Note on the mental hospitals in Burma - 1925-1940
Year: 1925
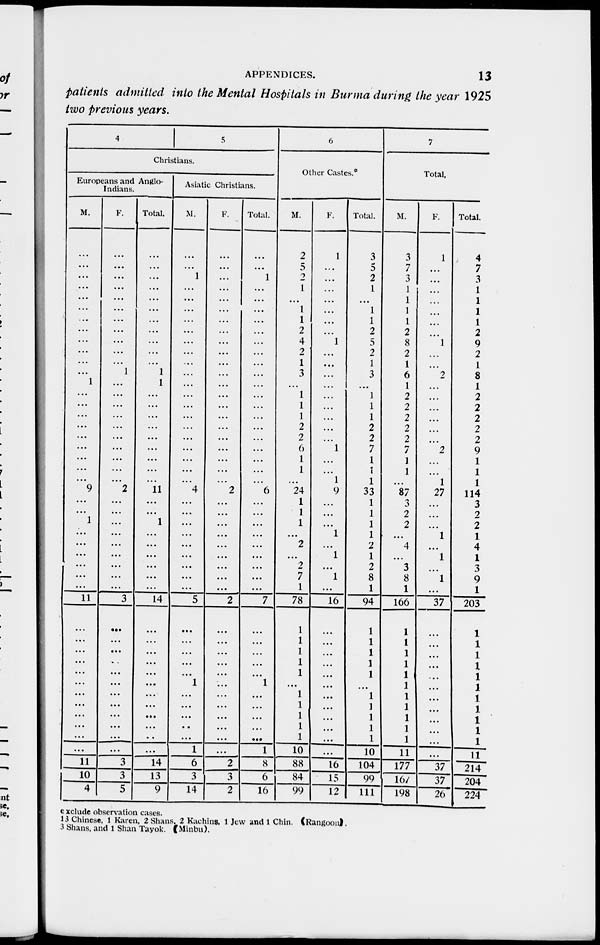
APPENDICES.
13
patients admitted into the Mental Hospitals in Burma during the year 1925
two previous years.
4
5
Christians.
Europeans and Anglo-
Indians.
M.
...
...
...
...
...
......
...
...
...
...
...
...
1
...
...
...
...
...
...
...
...
...
9
...
...
1
...
...
...
...
...
...
11
...
...
...
...
...
...
...
...
...
...
...
...
11
10
4
F.
...
...
...
...
...
...
...
...
...
...
...
1
...
...
...
...
...
...
...
...
...
...
2
...
...
...
...
...
...
...
...
...
3
...
...
...
...
...
...
...
...
...
...
...
...
3
3
5
Total.
...
...
...
...
...
...
...
...
...
...
...
1
1
...
...
...
...
...
...
...
...
...
11
...
...
1
...
...
...
...
...
...
14
...
...
...
...
...
...
...
...
...
...
...
14
13
9
Asiatic Christians.
M.
...
...
1
...
...
...
...
...
...
...
...
...
...
...
...
...
...
...
...
...
...
...
4
...
...
...
...
...
...
...
...
...
5
...
...
...
...
...
1
...
...
...
...
...
1
6
3
14
F.
...
...
...
...
...
...
...
...
...
...
...
...
...
...
...
...
...
...
...
...
...
...
2
...
...
...
...
...
...
...
...
...
2
...
...
...
...
...
...
...
...
...
...
...
...
2
3
2
Total.
...
...
1
...
...
...
...
...
...
...
...
...
...
...
...
...
...
...
...
...
...
...
6
...
...
...
...
...
...
...
...
...
7
...
...
...
...
...
1
...
...
...
...
...
1
8
6
16
6
Other Castes.
M.
2
5
2
1
...
1
1
2
4
2
1
3
...
1
1
1
2
2
6
1
1
...
24
1
1
1
...
2
...
2
7
1
78
1
1
1
1
1
...
1
1
1
1
1
10
88
84
99
F.
1
...
...
...
...
...
...
1
...
...
...
...
...
...
...
...
...
1
...
...
1
9
...
...
...
1
...
1
...
1
...
16
...
...
...
...
...
...
...
...
...
...
...
...
16
15
12
Total.
3
5
2
1
...
1
1
2
5
2
1
3
...
1
1
1
2
2
7
1
1
1
33
1
1
1
1
2
1
2
8
1
94
1
1
1
1
1
...
1
1
1
1
1
10
104
99
111
7
Total.
M.
3
7
3
1
...
1
1
2
8
2
1
6
1
2
2
2
2
2
7
1
1
...
87
3
2
2
...
4
...
3
8
1
166
1
1
1
1
1
1
1
1
1
1
1
11
177
167
198
F.
1
...
...
...
...
...
...
1
...
...
2
...
...
...
...
...
...
2
...
...
1
27
...
...
...
1
...
1
...
1
...
37
...
...
...
...
...
...
...
...
...
...
...
...
37
37
26
Total.
4
7
3
1
...
1
1
2
9
2
1
8
1
2
2
2
2
2
9
1
1
1
114
3
2
2
1
4
1
3
9
1
203
1
1
1
1
1
1
1
1
1
1
1
11
214
204
224
exclude observation cases.
13 Chinese, 1 Karen, 2 Shans, 2 Kachins, 1 Jew and 1 Chin. (Rangoon).
3 Shans, and 1 Shan Tayok. ( Minbu).